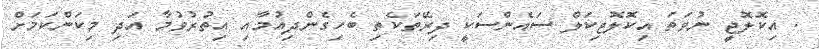
. އިކޮލޮޖީ ނުވަތަ އިކޮލޮޖިކަލް ސައެންސަކީ ދިރޭތަކެތި ބެހިގެންދިއުމާއި އިތުރުވުމާ އަދި މިކަންކަމަށް